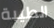
الطيبة